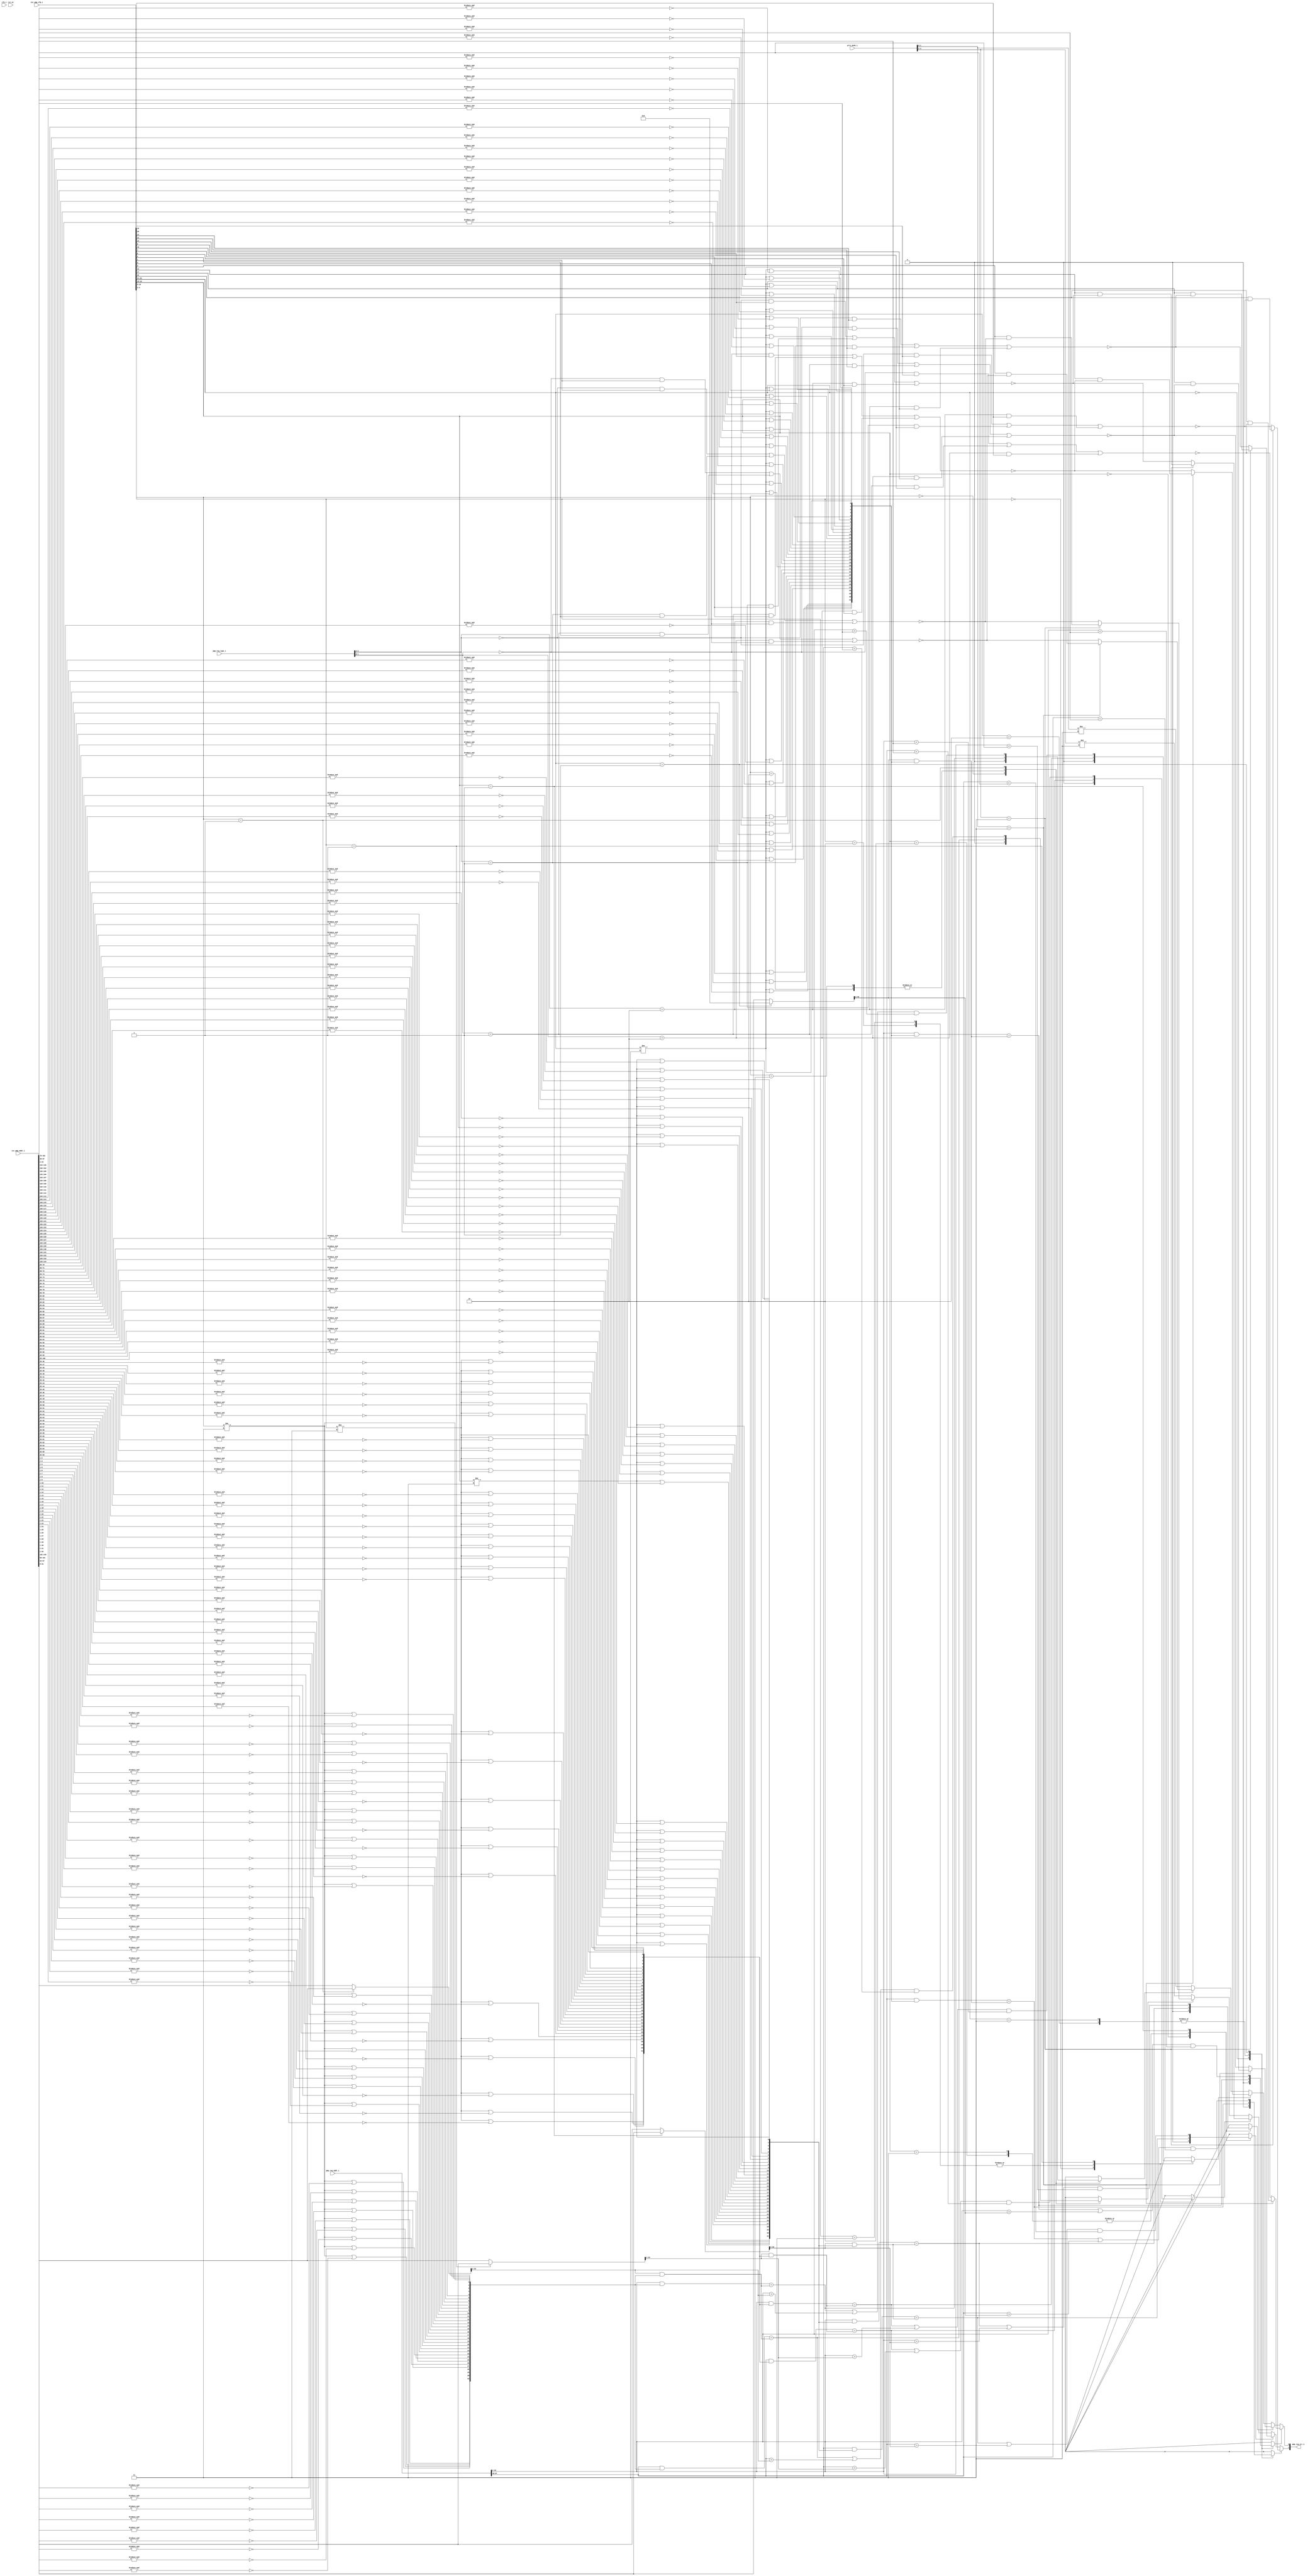
// This program was cloned from: https://github.com/NYU-MLDA/OpenABC
// License: BSD 3-Clause "New" or "Revised" License

module ibex_pmp (
	clk_i,
	rst_ni,
	csr_pmp_cfg_i,
	csr_pmp_addr_i,
	priv_mode_i,
	pmp_req_addr_i,
	pmp_req_type_i,
	pmp_req_err_o
);
	parameter [31:0] PMPGranularity = 0;
	parameter [31:0] PMPNumChan = 2;
	parameter [31:0] PMPNumRegions = 4;
	input wire clk_i;
	input wire rst_ni;
	input wire [(0 >= (PMPNumRegions - 1) ? ((2 - PMPNumRegions) * 6) + (((PMPNumRegions - 1) * 6) - 1) : (PMPNumRegions * 6) - 1):(0 >= (PMPNumRegions - 1) ? (PMPNumRegions - 1) * 6 : 0)] csr_pmp_cfg_i;
	input wire [(0 >= (PMPNumRegions - 1) ? ((2 - PMPNumRegions) * 34) + (((PMPNumRegions - 1) * 34) - 1) : (PMPNumRegions * 34) - 1):(0 >= (PMPNumRegions - 1) ? (PMPNumRegions - 1) * 34 : 0)] csr_pmp_addr_i;
	input wire [(0 >= (PMPNumChan - 1) ? ((2 - PMPNumChan) * 2) + (((PMPNumChan - 1) * 2) - 1) : (PMPNumChan * 2) - 1):(0 >= (PMPNumChan - 1) ? (PMPNumChan - 1) * 2 : 0)] priv_mode_i;
	input wire [(0 >= (PMPNumChan - 1) ? ((2 - PMPNumChan) * 34) + (((PMPNumChan - 1) * 34) - 1) : (PMPNumChan * 34) - 1):(0 >= (PMPNumChan - 1) ? (PMPNumChan - 1) * 34 : 0)] pmp_req_addr_i;
	input wire [(0 >= (PMPNumChan - 1) ? ((2 - PMPNumChan) * 2) + (((PMPNumChan - 1) * 2) - 1) : (PMPNumChan * 2) - 1):(0 >= (PMPNumChan - 1) ? (PMPNumChan - 1) * 2 : 0)] pmp_req_type_i;
	output wire [0:PMPNumChan - 1] pmp_req_err_o;
	wire [33:0] region_start_addr [0:PMPNumRegions - 1];
	wire [33:PMPGranularity + 2] region_addr_mask [0:PMPNumRegions - 1];
	wire [(PMPNumChan * PMPNumRegions) - 1:0] region_match_gt;
	wire [(PMPNumChan * PMPNumRegions) - 1:0] region_match_lt;
	wire [(PMPNumChan * PMPNumRegions) - 1:0] region_match_eq;
	reg [(PMPNumChan * PMPNumRegions) - 1:0] region_match_all;
	wire [(PMPNumChan * PMPNumRegions) - 1:0] region_perm_check;
	reg [PMPNumChan - 1:0] access_fault;
	localparam [1:0] ibex_pkg_PMP_MODE_NAPOT = 2'b11;
	localparam [1:0] ibex_pkg_PMP_MODE_TOR = 2'b01;
	generate
		genvar r;
		for (r = 0; r < PMPNumRegions; r = r + 1) begin : g_addr_exp
			if (r == 0) begin : g_entry0
				assign region_start_addr[r] = (csr_pmp_cfg_i[((0 >= (PMPNumRegions - 1) ? r : (PMPNumRegions - 1) - r) * 6) + 4-:2] == ibex_pkg_PMP_MODE_TOR ? 34'h000000000 : csr_pmp_addr_i[(0 >= (PMPNumRegions - 1) ? r : (PMPNumRegions - 1) - r) * 34+:34]);
			end
			else begin : g_oth
				assign region_start_addr[r] = (csr_pmp_cfg_i[((0 >= (PMPNumRegions - 1) ? r : (PMPNumRegions - 1) - r) * 6) + 4-:2] == ibex_pkg_PMP_MODE_TOR ? csr_pmp_addr_i[(0 >= (PMPNumRegions - 1) ? r - 1 : (PMPNumRegions - 1) - (r - 1)) * 34+:34] : csr_pmp_addr_i[(0 >= (PMPNumRegions - 1) ? r : (PMPNumRegions - 1) - r) * 34+:34]);
			end
			genvar b;
			for (b = PMPGranularity + 2; b < 34; b = b + 1) begin : g_bitmask
				if (b == 2) begin : g_bit0
					assign region_addr_mask[r][b] = csr_pmp_cfg_i[((0 >= (PMPNumRegions - 1) ? r : (PMPNumRegions - 1) - r) * 6) + 4-:2] != ibex_pkg_PMP_MODE_NAPOT;
				end
				else begin : g_others
					assign region_addr_mask[r][b] = (csr_pmp_cfg_i[((0 >= (PMPNumRegions - 1) ? r : (PMPNumRegions - 1) - r) * 6) + 4-:2] != ibex_pkg_PMP_MODE_NAPOT) | ~&csr_pmp_addr_i[((0 >= (PMPNumRegions - 1) ? r : (PMPNumRegions - 1) - r) * 34) + ((b - 1) >= (PMPGranularity + 1) ? b - 1 : ((b - 1) + ((b - 1) >= (PMPGranularity + 1) ? ((b - 1) - (PMPGranularity + 1)) + 1 : ((PMPGranularity + 1) - (b - 1)) + 1)) - 1)-:((b - 1) >= (PMPGranularity + 1) ? ((b - 1) - (PMPGranularity + 1)) + 1 : ((PMPGranularity + 1) - (b - 1)) + 1)];
				end
			end
		end
	endgenerate
	localparam [1:0] ibex_pkg_PMP_ACC_EXEC = 2'b00;
	localparam [1:0] ibex_pkg_PMP_ACC_READ = 2'b10;
	localparam [1:0] ibex_pkg_PMP_ACC_WRITE = 2'b01;
	localparam [1:0] ibex_pkg_PMP_MODE_NA4 = 2'b10;
	localparam [1:0] ibex_pkg_PMP_MODE_OFF = 2'b00;
	localparam [1:0] ibex_pkg_PRIV_LVL_M = 2'b11;
	generate
		genvar c;
		for (c = 0; c < PMPNumChan; c = c + 1) begin : g_access_check
			for (r = 0; r < PMPNumRegions; r = r + 1) begin : g_regions
				assign region_match_eq[(c * PMPNumRegions) + r] = (pmp_req_addr_i[((0 >= (PMPNumChan - 1) ? c : (PMPNumChan - 1) - c) * 34) + (33 >= (PMPGranularity + 2) ? 33 : (33 + (33 >= (PMPGranularity + 2) ? 34 - (PMPGranularity + 2) : PMPGranularity - 30)) - 1)-:(33 >= (PMPGranularity + 2) ? 34 - (PMPGranularity + 2) : PMPGranularity - 30)] & region_addr_mask[r]) == (region_start_addr[r][33:PMPGranularity + 2] & region_addr_mask[r]);
				assign region_match_gt[(c * PMPNumRegions) + r] = pmp_req_addr_i[((0 >= (PMPNumChan - 1) ? c : (PMPNumChan - 1) - c) * 34) + (33 >= (PMPGranularity + 2) ? 33 : (33 + (33 >= (PMPGranularity + 2) ? 34 - (PMPGranularity + 2) : PMPGranularity - 30)) - 1)-:(33 >= (PMPGranularity + 2) ? 34 - (PMPGranularity + 2) : PMPGranularity - 30)] > region_start_addr[r][33:PMPGranularity + 2];
				assign region_match_lt[(c * PMPNumRegions) + r] = pmp_req_addr_i[((0 >= (PMPNumChan - 1) ? c : (PMPNumChan - 1) - c) * 34) + (33 >= (PMPGranularity + 2) ? 33 : (33 + (33 >= (PMPGranularity + 2) ? 34 - (PMPGranularity + 2) : PMPGranularity - 30)) - 1)-:(33 >= (PMPGranularity + 2) ? 34 - (PMPGranularity + 2) : PMPGranularity - 30)] < csr_pmp_addr_i[((0 >= (PMPNumRegions - 1) ? r : (PMPNumRegions - 1) - r) * 34) + (33 >= (PMPGranularity + 2) ? 33 : (33 + (33 >= (PMPGranularity + 2) ? 34 - (PMPGranularity + 2) : PMPGranularity - 30)) - 1)-:(33 >= (PMPGranularity + 2) ? 34 - (PMPGranularity + 2) : PMPGranularity - 30)];
				always @(*) begin
					region_match_all[(c * PMPNumRegions) + r] = 1'b0;
					case (csr_pmp_cfg_i[((0 >= (PMPNumRegions - 1) ? r : (PMPNumRegions - 1) - r) * 6) + 4-:2])
						ibex_pkg_PMP_MODE_OFF: region_match_all[(c * PMPNumRegions) + r] = 1'b0;
						ibex_pkg_PMP_MODE_NA4: region_match_all[(c * PMPNumRegions) + r] = region_match_eq[(c * PMPNumRegions) + r];
						ibex_pkg_PMP_MODE_NAPOT: region_match_all[(c * PMPNumRegions) + r] = region_match_eq[(c * PMPNumRegions) + r];
						ibex_pkg_PMP_MODE_TOR: region_match_all[(c * PMPNumRegions) + r] = (region_match_eq[(c * PMPNumRegions) + r] | region_match_gt[(c * PMPNumRegions) + r]) & region_match_lt[(c * PMPNumRegions) + r];
						default: region_match_all[(c * PMPNumRegions) + r] = 1'b0;
					endcase
				end
				assign region_perm_check[(c * PMPNumRegions) + r] = (((pmp_req_type_i[(0 >= (PMPNumChan - 1) ? c : (PMPNumChan - 1) - c) * 2+:2] == ibex_pkg_PMP_ACC_EXEC) & csr_pmp_cfg_i[((0 >= (PMPNumRegions - 1) ? r : (PMPNumRegions - 1) - r) * 6) + 2]) | ((pmp_req_type_i[(0 >= (PMPNumChan - 1) ? c : (PMPNumChan - 1) - c) * 2+:2] == ibex_pkg_PMP_ACC_WRITE) & csr_pmp_cfg_i[((0 >= (PMPNumRegions - 1) ? r : (PMPNumRegions - 1) - r) * 6) + 1])) | ((pmp_req_type_i[(0 >= (PMPNumChan - 1) ? c : (PMPNumChan - 1) - c) * 2+:2] == ibex_pkg_PMP_ACC_READ) & csr_pmp_cfg_i[(0 >= (PMPNumRegions - 1) ? r : (PMPNumRegions - 1) - r) * 6]);
			end
			always @(*) begin
				access_fault[c] = priv_mode_i[(0 >= (PMPNumChan - 1) ? c : (PMPNumChan - 1) - c) * 2+:2] != ibex_pkg_PRIV_LVL_M;
				begin : sv2v_autoblock_1
					reg signed [31:0] r;
					for (r = PMPNumRegions - 1; r >= 0; r = r - 1)
						if (region_match_all[(c * PMPNumRegions) + r])
							access_fault[c] = (priv_mode_i[(0 >= (PMPNumChan - 1) ? c : (PMPNumChan - 1) - c) * 2+:2] == ibex_pkg_PRIV_LVL_M ? csr_pmp_cfg_i[((0 >= (PMPNumRegions - 1) ? r : (PMPNumRegions - 1) - r) * 6) + 5] & ~region_perm_check[(c * PMPNumRegions) + r] : ~region_perm_check[(c * PMPNumRegions) + r]);
				end
			end
			assign pmp_req_err_o[c] = access_fault[c];
		end
	endgenerate
endmodule